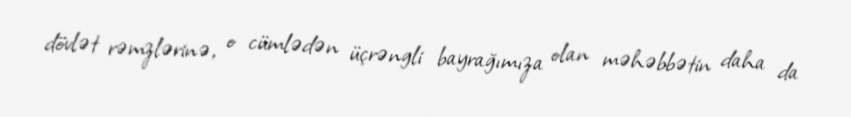
dövlət rəmzlərinə, o cümlədən üçrəngli bayrağımıza olan məhəbbətin daha da